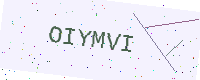
Text: OIYMVI